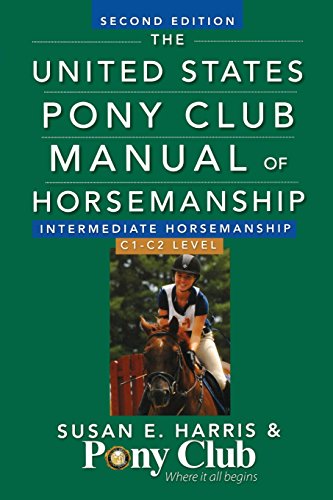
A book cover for The United States Pony Club Manual Of Horsemanship Intermediate Horsemanship (C Level); Susan  E. Harris; Sports & Outdoors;